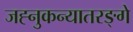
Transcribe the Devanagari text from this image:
जह्नुकन्यातरङ्गे